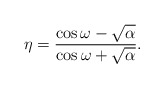
\begin{align*}\eta=\frac{\cos\omega-\sqrt{\alpha}}{\cos\omega+\sqrt{\alpha}}.\end{align*}